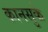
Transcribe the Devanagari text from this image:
कानसुके